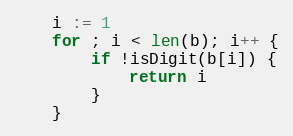
Language: Go
	i := 1
	for ; i < len(b); i++ {
		if !isDigit(b[i]) {
			return i
		}
	}